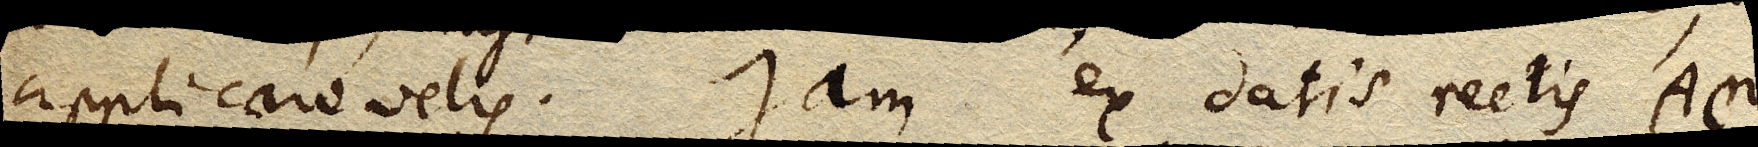
applicare velis. Jam ex datis rectis Aη